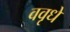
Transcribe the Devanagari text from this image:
ववृधे